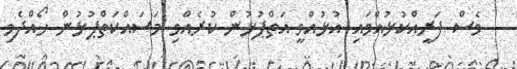
ވެސް ފަރީއްކުޅުއްވައި އުޅުއްވީ އަތްޕުޅުން ކުރެއްވި މަސައްކަތްޕުޅުން ހޯއްދެވި